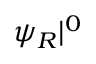
\psi _ { R } | ^ { 0 }